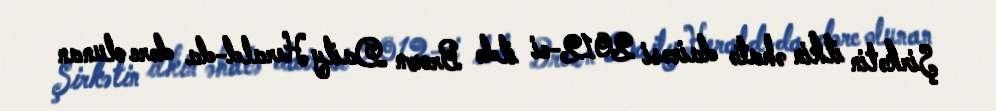
Şirkətin ilkin əhatə dairəsi 2012-ci ildə Brown Daily Herald-da dərc olunan